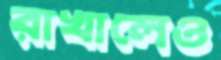
রাখালেও